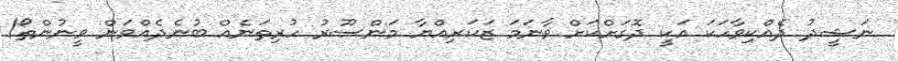
ނަޝީދު ދެއްކިވާހަކަ އަކީ ދޮގަށްކަށް ވާނަމަ ޒަކަރިއްޔާ މަންސޫރު ހުރިތަނެއް ބުނެދެއްވަން ވީނުންތޯ!